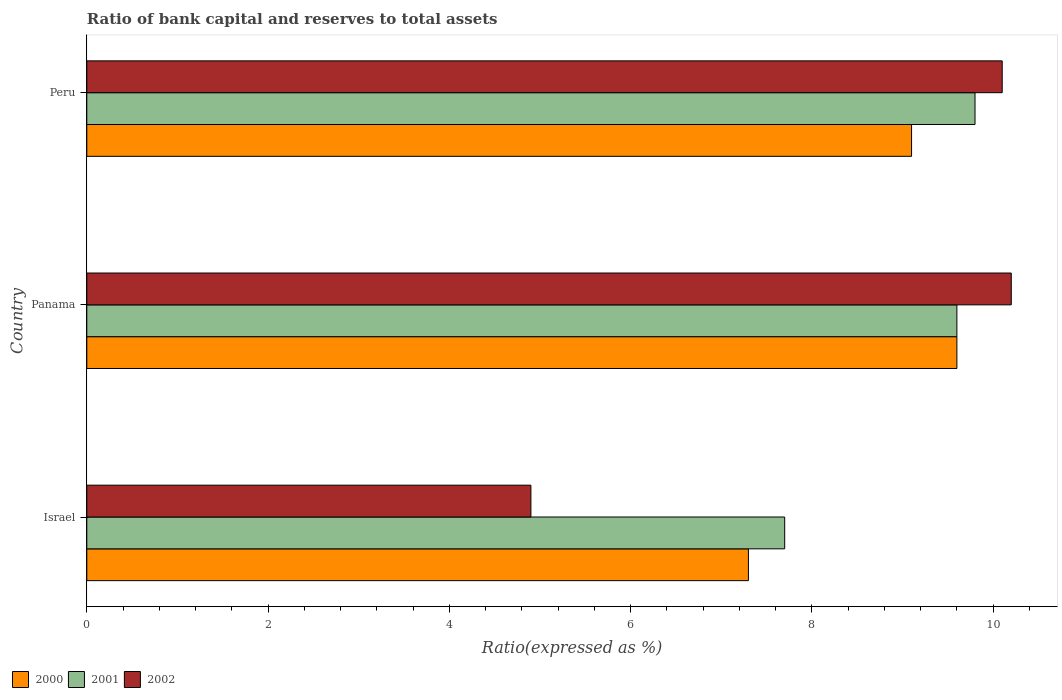
| Country | 2000 | 2001 | 2002 |
 | --- | --- | --- | --- |
 | Israel | 7.3 | 7.7 | 4.9 |
 | Panama | 9.6 | 9.6 | 10.2 |
 | Peru | 9.1 | 9.8 | 10.1 |